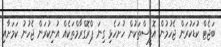
ބަޖެޓް ކުޑަކުރަން ޖެހުމުން އޮފީސްތަކުން ހުށަހެޅި ގިނަ ޕްރޮގްރާމްތަކެއް އުނިކުރަން ޖެހުނު ކަމަށާއި